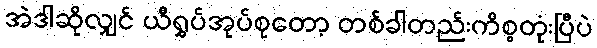
အဲဒါဆိုလျှင် ယီရွှပ်အုပ်စုတော့ တစ်ခါတည်းကိစ္စတုံးပြီပဲ